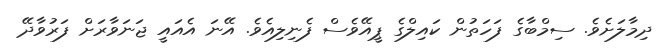
ދިމާލަށެވެ. ސިމްބާގެ ފަހަތުން ކައިލްގެ ޕީއޭވެސް ފެނިލިއެވެ. އޭނަ އެއައީ ޖަނަވާރަށް ފަރުވާދޭ